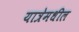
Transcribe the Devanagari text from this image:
यात्रेमधील